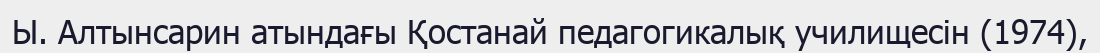
Ы. Алтынсарин атындағы Қостанай педагогикалық училищесін (1974),